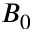
B _ { 0 }